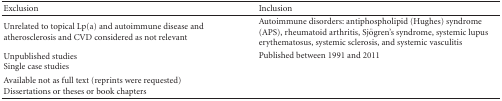
<table><thead><tr><td><b>Exclusion</b></td><td><b>Inclusion</b></td></tr></thead><tbody><tr><td>Unrelated to topical Lp(a) and autoimmune disease and atherosclerosis and CVD considered as not relevant</td><td>Autoimmune disorders: antiphospholipid (Hughes) syndrome (APS), rheumatoid arthritis, Sjögren&#x27;s syndrome, systemic lupus erythematosus, systemic sclerosis, and systemic vasculitis</td></tr><tr><td>Unpublished studies</td><td>Published between 1991 and 2011</td></tr><tr><td>Single case studies</td><td> </td></tr><tr><td>Available not as full text (reprints were requested) </td><td> </td></tr><tr><td>Dissertations or theses or book chapters</td><td> </td></tr></tbody></table>